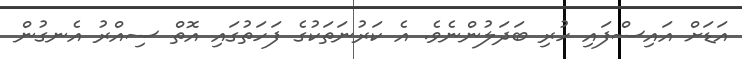
އަޑަށް އައިސްފައި ހުރި ބަދަލުންނެވެ. އެ ކަރުނަތަކުގެ ފަހަތުގައި އޮތް ސިއްރު އެނގުން